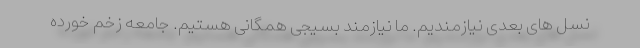
نسل های بعدی نیازمندیم. ما نیازمند بسیجی همگانی هستیم. جامعه زخم خورده